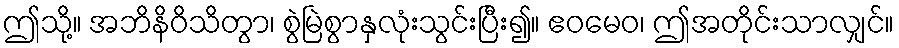
ဤသို့။ အဘိနိဝိသိတွာ၊ စွဲမြဲစွာနှလုံးသွင်းပြီး၍။ ဧဝမေဝ၊ ဤအတိုင်းသာလျှင်။